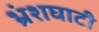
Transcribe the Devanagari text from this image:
भ्रंशघाटी